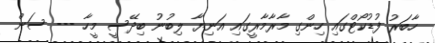
ހާބަރު ފުޑުކޯޓްގައި ހިންގި މާރާމާރީގައި އަނިޔާ ލިބުނު ބިދޭސީ މީހާ --- ސަން